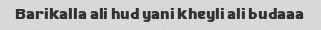
Barikalla ali hud yani kheyli ali budaaa